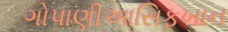
ગોપાણીઆસિફખાન